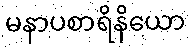
မနာပစာရိနိယော